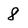
Character: 8